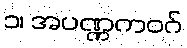
၁၊ အပဏ္ဏကဝဂ်